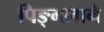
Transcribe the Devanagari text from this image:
पिङ्गलाने